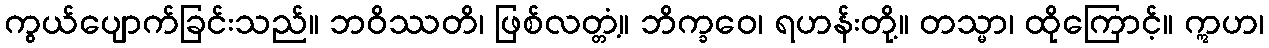
ကွယ်ပျောက်ခြင်းသည်။ ဘဝိဿတိ၊ ဖြစ်လတ္တံ့။ ဘိက္ခဝေ၊ ရဟန်းတို့။ တသ္မာ၊ ထိုကြောင့်။ ဣဟ၊